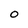
Character: 0